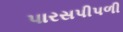
પારસપીપળી